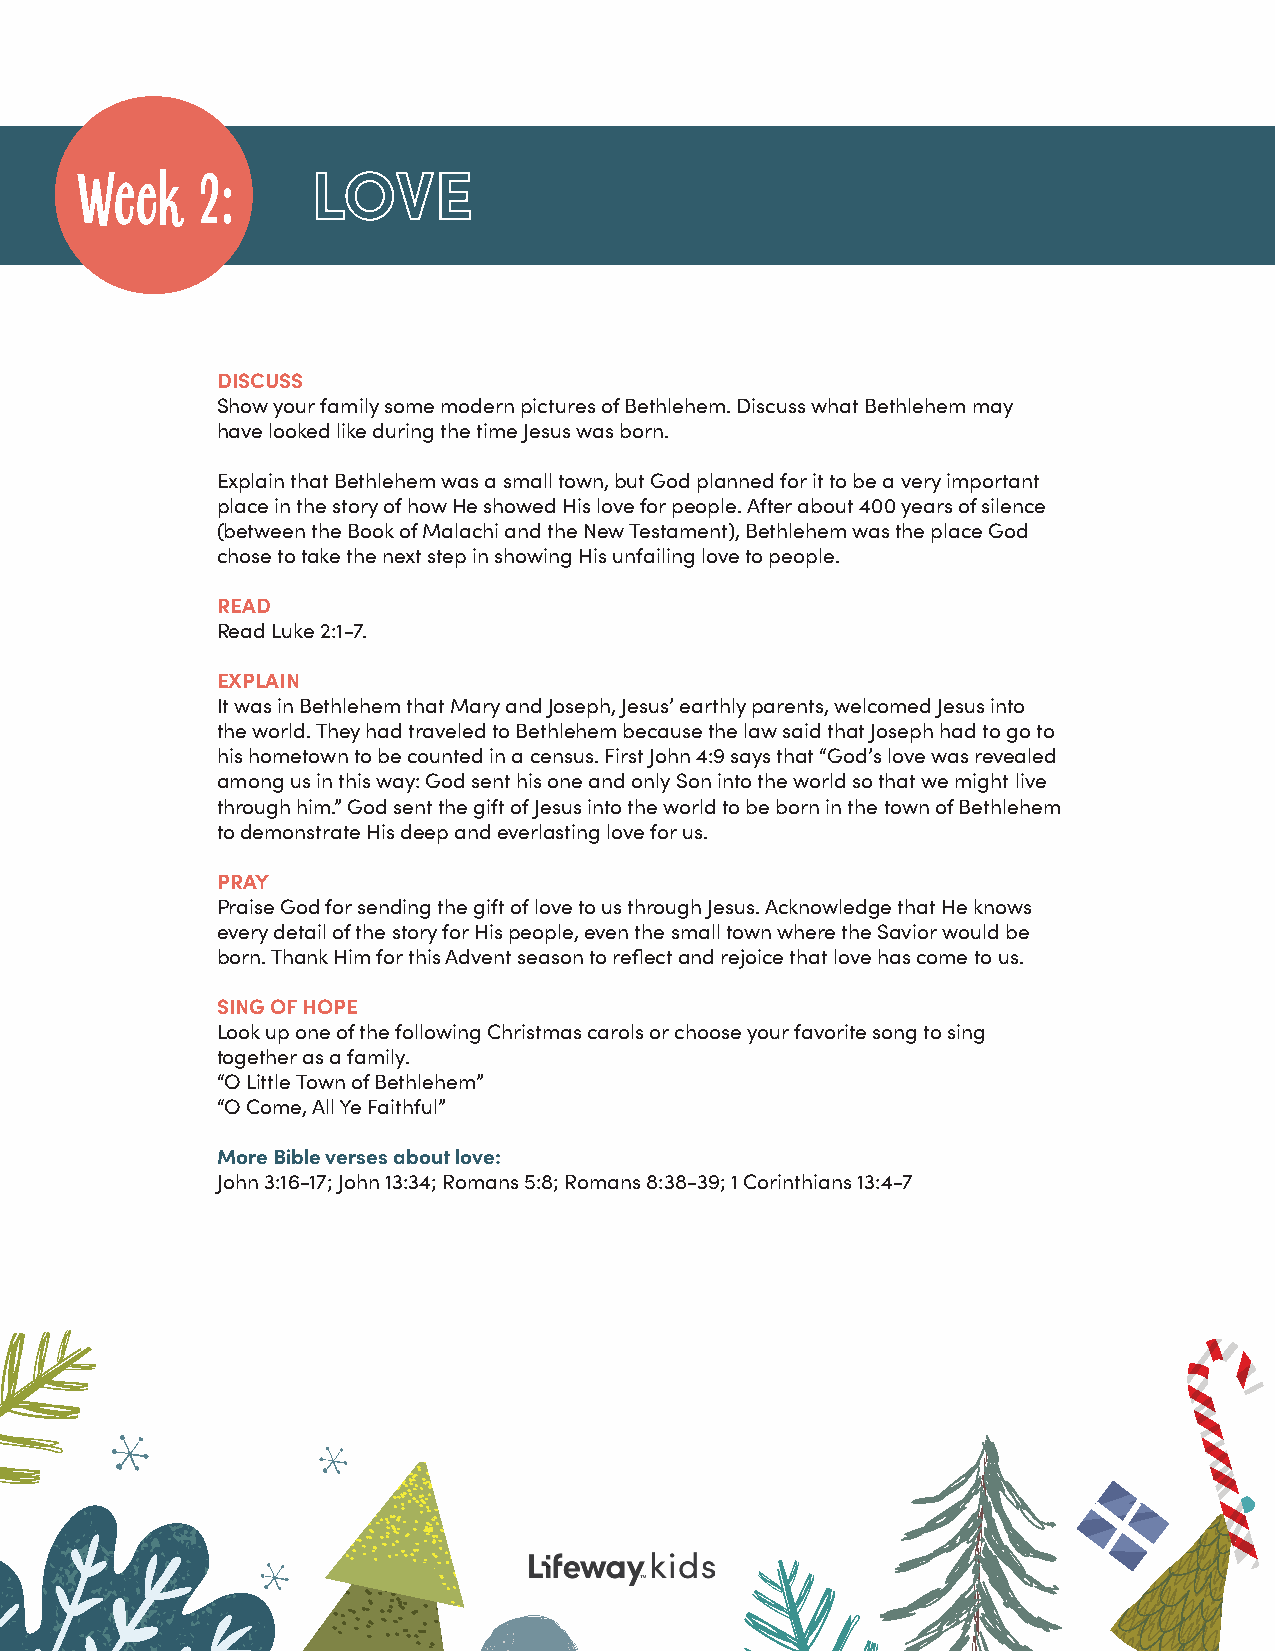
Week    2:      LOVE
 DISCUSS
 Show your family some modern pictures of Bethlehem. Discuss what Bethlehem may
 have looked like during the time Jesus was born.
 Explain that Bethlehem was a small town, but God planned for it to be a very important
 place in the story of how He showed His love for people. After about 400 years of silence
 (between the Book of Malachi and the New Testament), Bethlehem was the place God
 chose to take the next step in showing His unfailing love to people.
 READ
 Read Luke 2:1-7.
 EXPLAIN
 It was in Bethlehem that Mary and Joseph, Jesus’ earthly parents, welcomed Jesus into
 the world. They had traveled to Bethlehem because the law said that Joseph had to go to
 his hometown to be counted in a census. First John 4:9 says that “God’s love was revealed
 among us in this way: God sent his one and only Son into the world so that we might live
 through him.” God sent the gift of Jesus into the world to be born in the town of Bethlehem
 to demonstrate His deep and everlasting love for us.
 PRAY
 Praise God for sending the gift of love to us through Jesus. Acknowledge that He knows
 every detail of the story for His people, even the small town where the Savior would be
 born. Thank Him for this Advent season to reflect and rejoice that love has come to us.
 SING OF HOPE
 Look up one of the following Christmas carols or choose your favorite song to sing
 together as a family.
 “O Little Town of Bethlehem”
 “O Come, All Ye Faithful”
 More Bible verses about love:
 John 3:16-17; John 13:34; Romans 5:8; Romans 8:38-39; 1 Corinthians 13:4-7